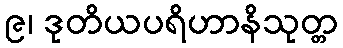
၉၊ ဒုတိယပရိဟာနိသုတ္တ